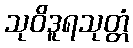
သုဝိဒူရသုတ္တံ